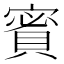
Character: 𧶡